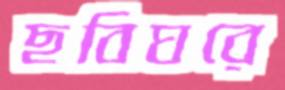
ছবিঘরে